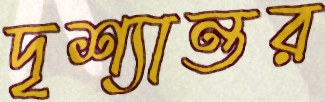
দৃশ্যান্তর